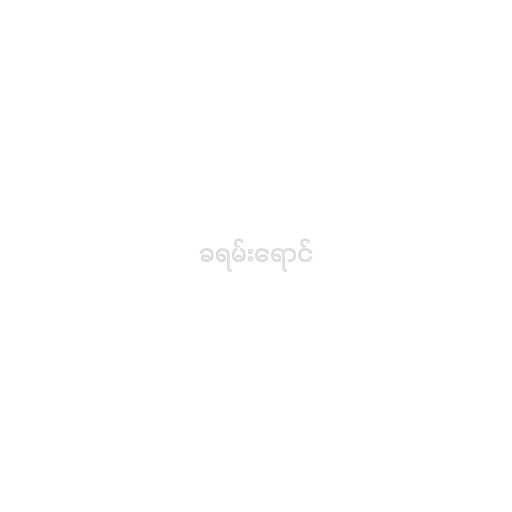
ခရမ်းရောင်